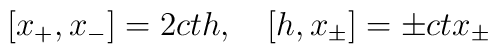
[x_+,x_-]=2ct h,\quad [h,x_\pm]=\pm ctx_\pm